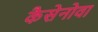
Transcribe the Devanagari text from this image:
कैसेनोवा